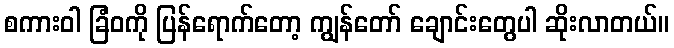
စကားဝါ ခြံဝကို ပြန်ရောက်တော့ ကျွန်တော် ချောင်းတွေပါ ဆိုးလာတယ်။